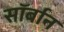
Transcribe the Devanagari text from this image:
सॉर्बान